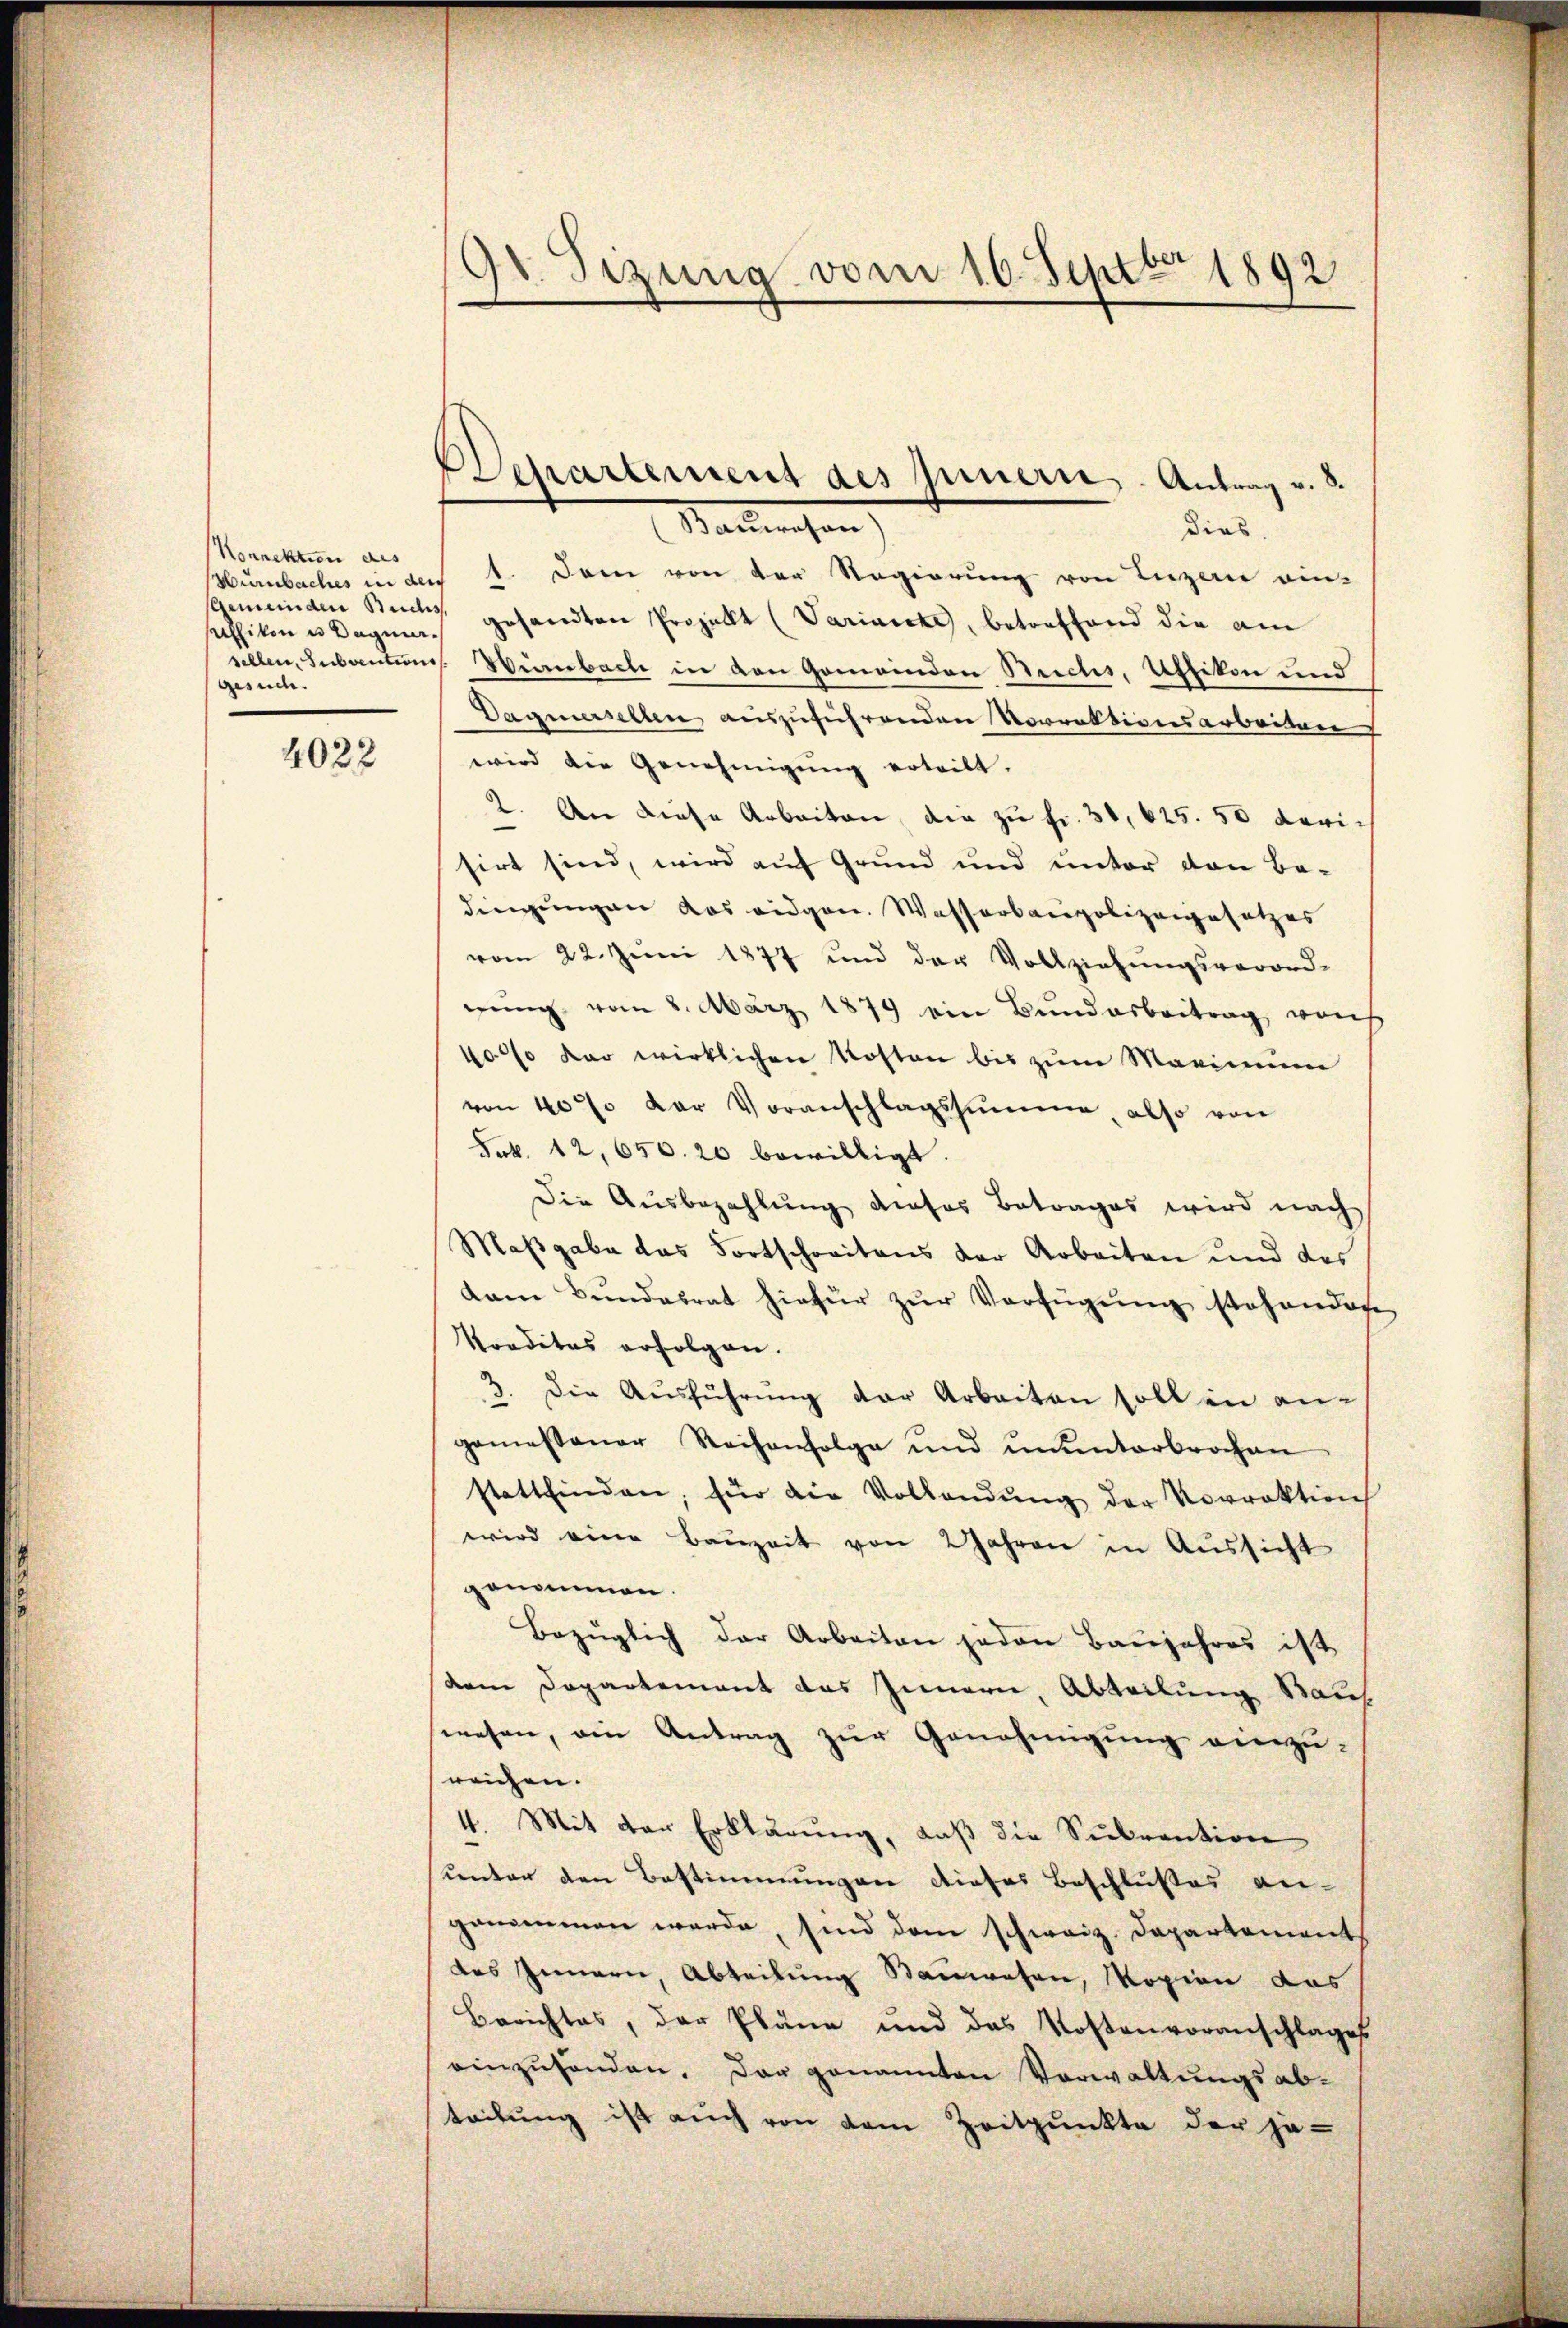
Konnektion des
Hurnbaches in der
sallikon u Wagengesuche.

4022

Salleichen
dies
1. Dann von der Regierung von Luzern ein-
sgemeinden Buchs gesandten Projekt (Variaecke, betreffend die am
sellen, Subventums. Weinbach in den Gemeinden Reichs, Uffikon und
Dagmerselben auszuführenden Vorrektionsarbeiten
wird die Genehmigung ertritt.
2. An diese Arbeiten, die zu fr. 30, 625. 50 darisirt sind, wird auf Grund und unter von Bedingungen das eidgen. Wasserbaupolizeigesetzes
vom 22. Juni 1877 und der Vollziehŭngsverord-
gung vom 2. März 1879 ein Bundesbeitrag von
40% der wirklichen Kosten bis zum Marinum
von 40% der Voranschlagssumme, also von
Frk. 42,650. 20 bewilligt.
Die Ausbezahlŭng dieses Betrages wird nach
Maßgabe das Fortschreitens der Arbeiten und des
dam Bŭndesrat hiefür zŭr Verfügŭng stehendor
Konditas erfolgen.
2. Die Aŭsführŭng der Arbeiten soll in an-
gemessener Reihenfolge und ununterbrochen
stattfinden, für die Vollandŭng der Vorrektion
wird eine Bauzeit von 2 Jahren in Aussicht
genommen.
Bezüglich der Arbeiten jeden Baŭjahres ist
dem Departement das Innern, Abteilung auf
wesen, ein Antrag zur Genehmigung einzu-
sreichen.
4. Mit der Erklärung, daß die Subvention
unter den Bestimmungen dieses Beschlusses an-
genommen werde, sind dem schweiz. Departement
des Innern, Abteilung Sauwesen, Kopien das
Berichtes, der Pläne und das Kostenvoranschlages
einzuhänden. Der genannten Verwaltungsabteilung ist auch von dem Zeitpunkte der je-

9t. Sizung vom 16. Septbr 1892

Departement des Innern, Antrag v. 8.